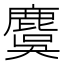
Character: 麌